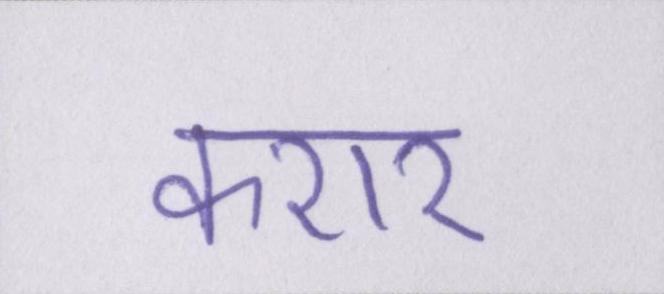
करार